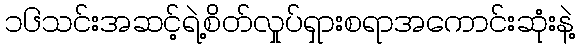
၁၆သင်းအဆင့်ရဲ့စိတ်လှုပ်ရှားစရာအကောင်းဆုံးနဲ့